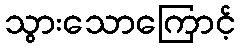
သွားသောကြောင့်